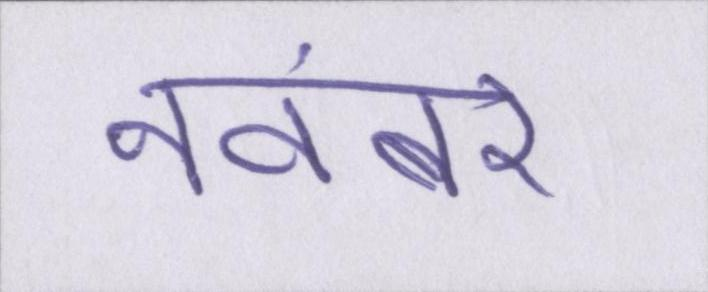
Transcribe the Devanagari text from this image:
नवंबर